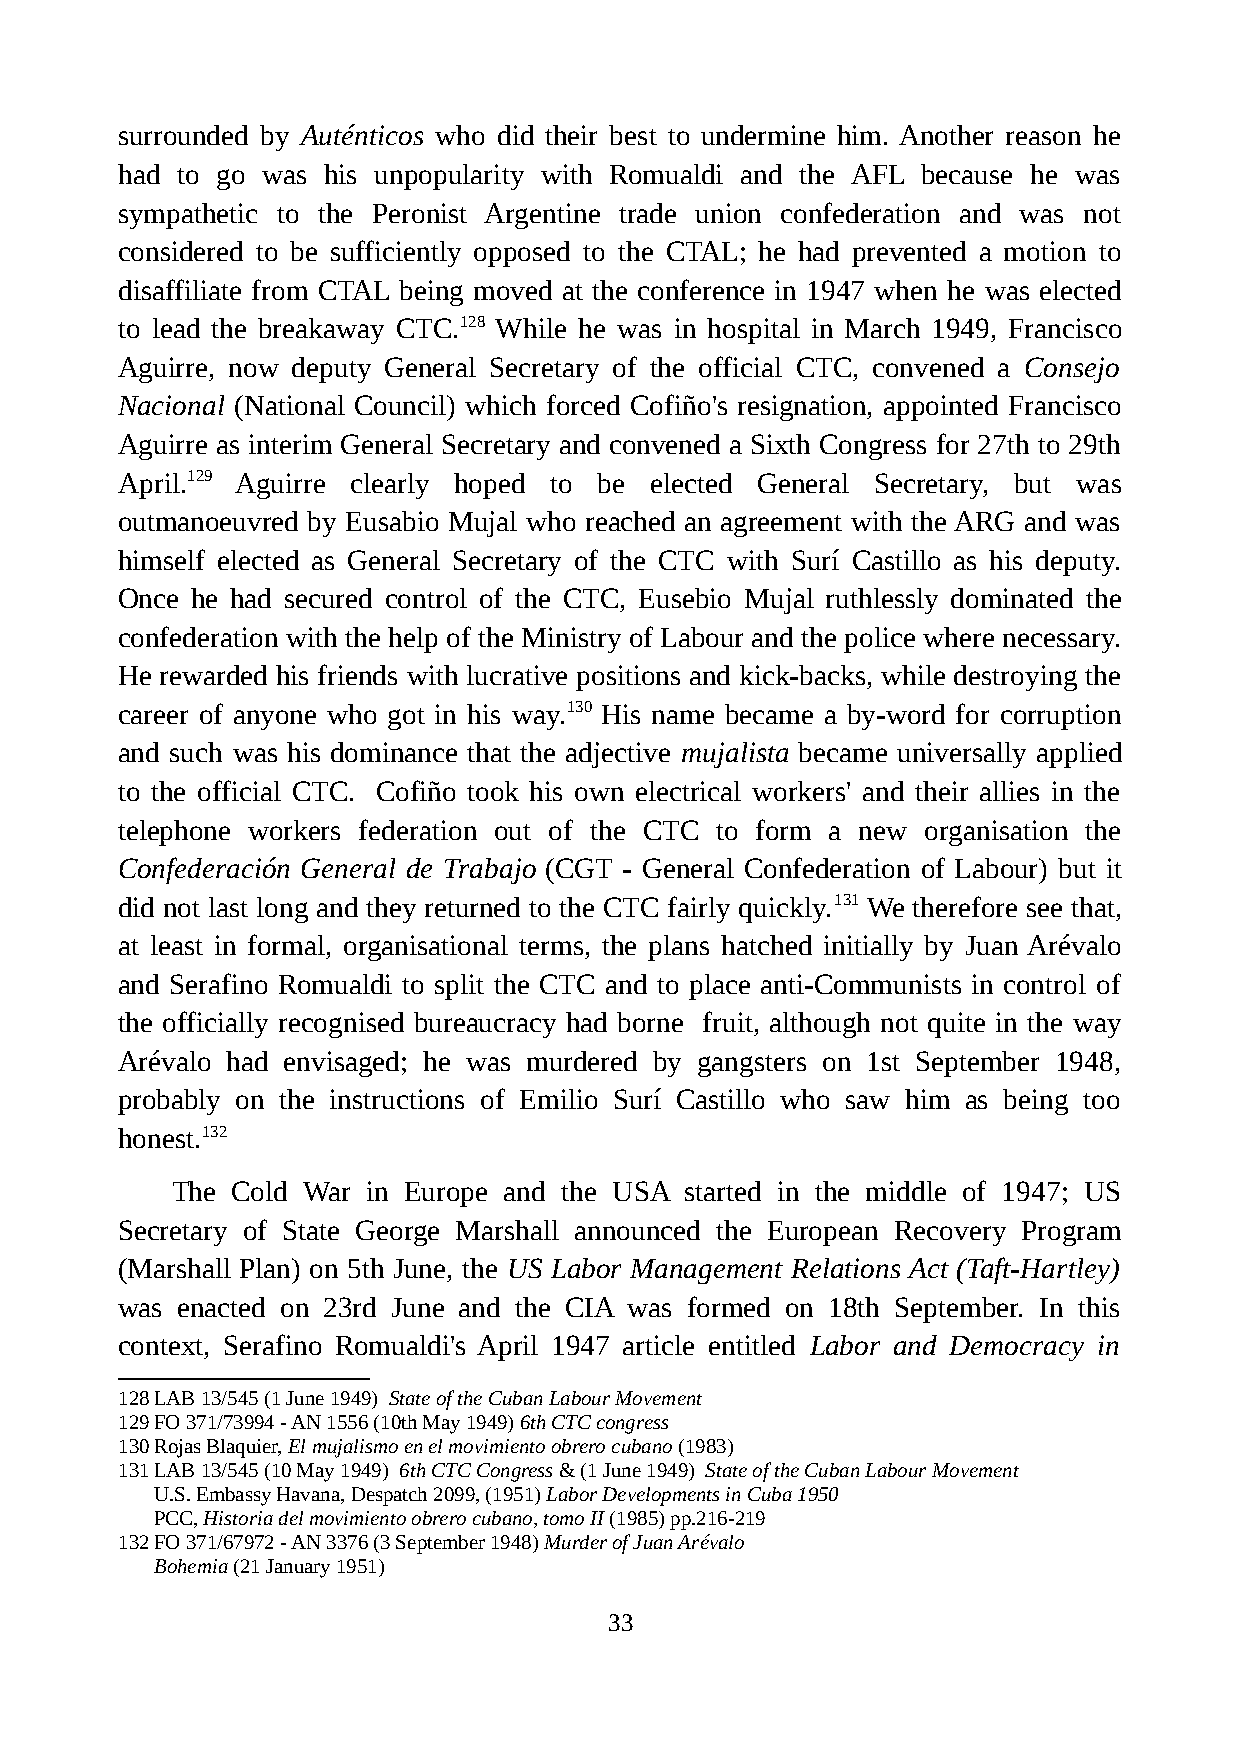
surrounded by Auténticos who did their best to undermine him. Another reason he
 had to go was his unpopularity with Romualdi and the AFL because he was
 sympathetic to the Peronist Argentine trade union confederation and was not
 considered to be sufficiently opposed to the CTAL; he had prevented a motion to
 disaffiliate from CTAL being moved at the conference in 1947 when he was elected
 to lead the breakaway CTC.128 While he was in hospital in March 1949, Francisco
 Aguirre, now deputy General Secretary of the official CTC, convened a Consejo
 Nacional (National Council) which forced Cofiño's resignation, appointed Francisco
 Aguirre as interim General Secretary and convened a Sixth Congress for 27th to 29th
 April.129 Aguirre clearly hoped to be elected General Secretary, but was
 outmanoeuvred by Eusabio Mujal who reached an agreement with the ARG and was
 himself elected as General Secretary of the CTC with Surí Castillo as his deputy.
 Once he had secured control of the CTC, Eusebio Mujal ruthlessly dominated the
 confederation with the help of the Ministry of Labour and the police where necessary.
 He rewarded his friends with lucrative positions and kick-backs, while destroying the
 career of anyone who got in his way.130 His name became a by-word for corruption
 and such was his dominance that the adjective mujalista became universally applied
 to the official CTC. Cofiño took his own electrical workers' and their allies in the
 telephone workers federation out of the CTC to form a new organisation the
 Confederación General de Trabajo (CGT - General Confederation of Labour) but it
 did not last long and they returned to the CTC fairly quickly.131 We therefore see that,
 at least in formal, organisational terms, the plans hatched initially by Juan Arévalo
 and Serafino Romualdi to split the CTC and to place anti-Communists in control of
 the officially recognised bureaucracy had borne fruit, although not quite in the way
 Arévalo had envisaged; he was murdered by gangsters on 1st September 1948,
 probably on the instructions of Emilio Surí Castillo who saw him as being too
 honest.132
 The Cold War in Europe and the USA started in the middle of 1947; US
 Secretary of State George Marshall announced the European Recovery Program
 (Marshall Plan) on 5th June, the US Labor Management Relations Act (Taft-Hartley)
 was enacted on 23rd June and the CIA was formed on 18th September. In this
 context, Serafino Romualdi's April 1947 article entitled Labor and Democracy in
 128LAB 13/545 (1 June 1949) State of the Cuban Labour Movement
 129FO 371/73994 - AN 1556 (10th May 1949) 6th CTC congress
 130Rojas Blaquier, El mujalismo en el movimiento obrero cubano (1983)
 131LAB 13/545 (10 May 1949) 6th CTC Congress & (1 June 1949) State of the Cuban Labour Movement
 U.S. Embassy Havana, Despatch 2099, (1951) Labor Developments in Cuba 1950
 PCC, Historia del movimiento obrero cubano, tomo II (1985) pp.216-219
 132FO 371/67972 - AN 3376 (3 September 1948) Murder of Juan Arévalo
 Bohemia (21 January 1951)
 33